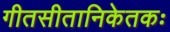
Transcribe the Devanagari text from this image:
गीतसीतानिकेतकः